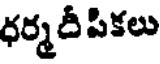
ధర్మదీ పికలు